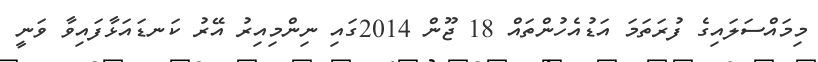
މިމައްސަލައިގެ ފުރަތަމަ އަޑުއެހުންތައް 18 ޖޫން 2014ގައި ނިންމިއިރު އޭރު ކަނޑައަޅާފައިވާ ވަނީ